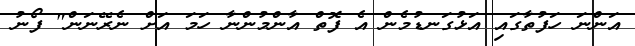
އަންނަ ހަފުތާގައި އަޅުގަނޑުމެން އެ ފޮތް އާންމުންނާ ހަމަ އަށް ނެރޭނަން" ފޯނު